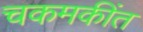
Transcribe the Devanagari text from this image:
चकमकींत